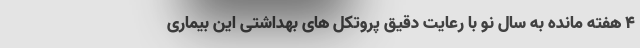
4 هفته مانده به سال نو با رعایت دقیق پروتکل های بهداشتی این بیماری